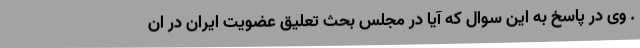
. وی در پاسخ به این سوال که آیا در مجلس بحث تعلیق عضویت ایران در ان